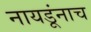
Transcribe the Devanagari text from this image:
नायडूंनाच